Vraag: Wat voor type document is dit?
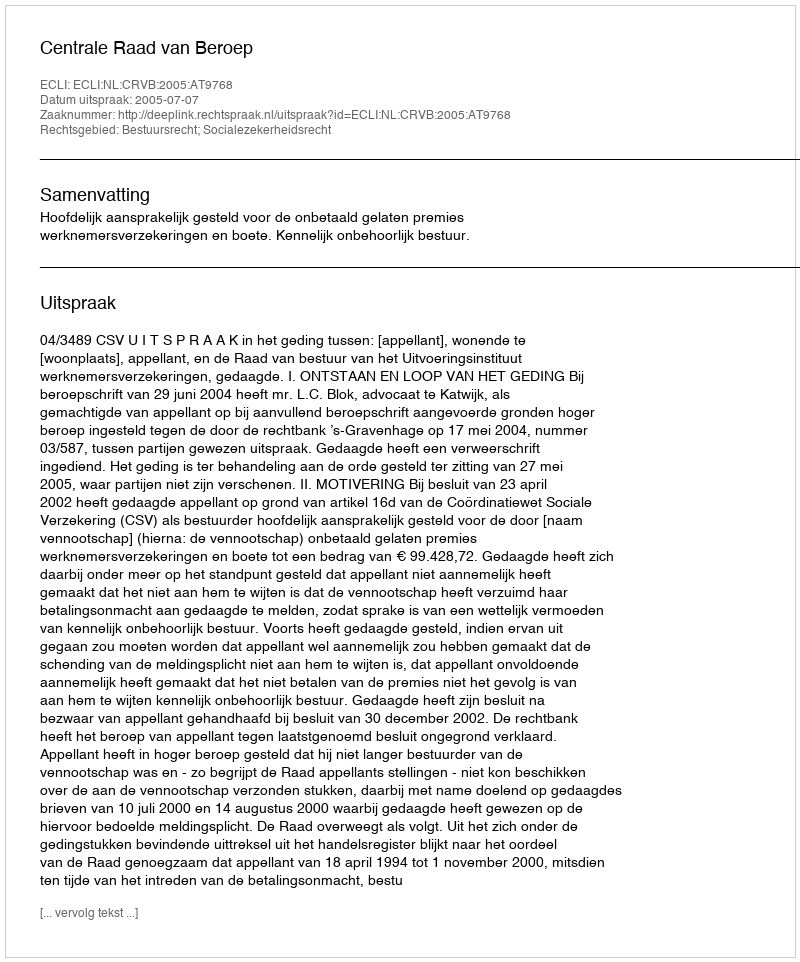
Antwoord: Uitspraak